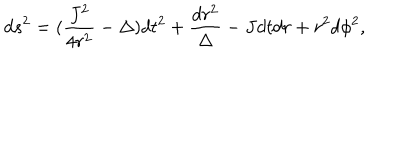
d s ^ { 2 } = ( \frac { J ^ { 2 } } { 4 r ^ { 2 } } - \Delta ) d t ^ { 2 } + \frac { d r ^ { 2 } } { \Delta } - J d t d r + r ^ { 2 } d \phi ^ { 2 } ,